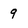
Character: 9